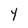
Character: Y